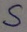
Text: S